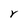
Character: r